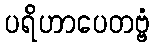
ပရိဟာပေတဗ္ဗံ